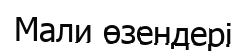
Мали өзендері